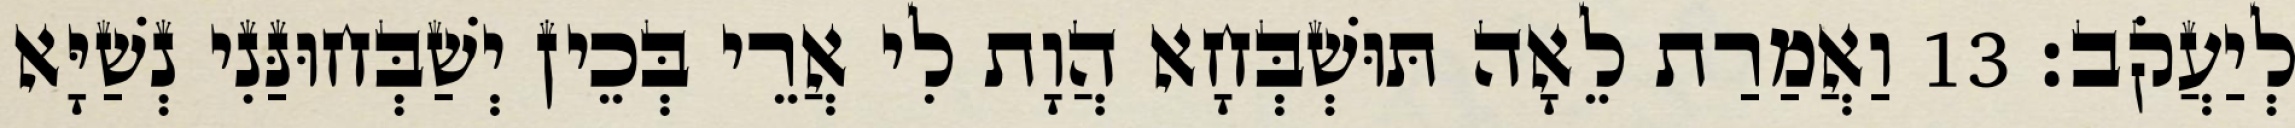
לְיַעֲקֹב׃ 13 וַאֲמַרַת לֵאָה תּוּשְׁבְּחָא הֲוָת לִי אֲרֵי בְּכֵין יְשַׁבְּחוּנַּנִי נְשַׁיָּא